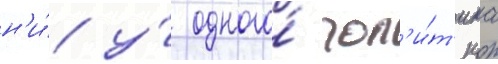
н'и́ у́ одного́ пол'и́т'ика